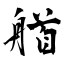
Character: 艏